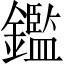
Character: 鑑